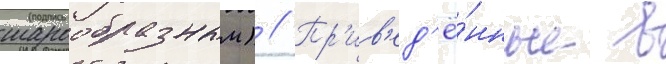
шарообразным) // Пр'ив'ед'ё́нные в